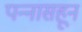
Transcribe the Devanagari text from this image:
पन्‍नासहून